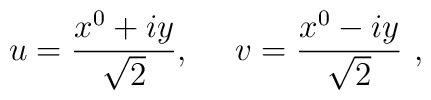
u={x^0+iy \over \sqrt{2}}, ~~~~v={x^0 -iy \over \sqrt{2}}~,